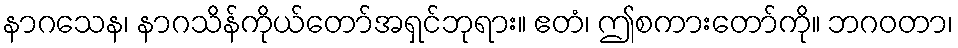
နာဂသေန၊ နာဂသိန်ကိုယ်တော်အရှင်ဘုရား။ ဧတံ၊ ဤစကားတော်ကို။ ဘဂဝတာ၊